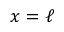
x = \ell